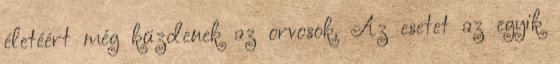
életéért még küzdenek az orvosok. Az esetet az egyik